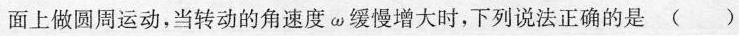
面上做圆周运动，当转动的角速度\omea缓慢增大时，下列说法正确的是()